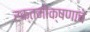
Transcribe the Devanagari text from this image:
रक्तमोक्षणाचे